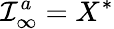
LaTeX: {\cal I}_{\infty}^{a}=X^{*}